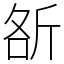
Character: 㪾